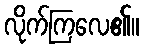
လိုက်ကြလေ၏။